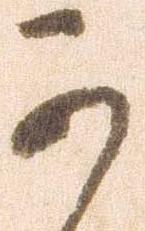
可